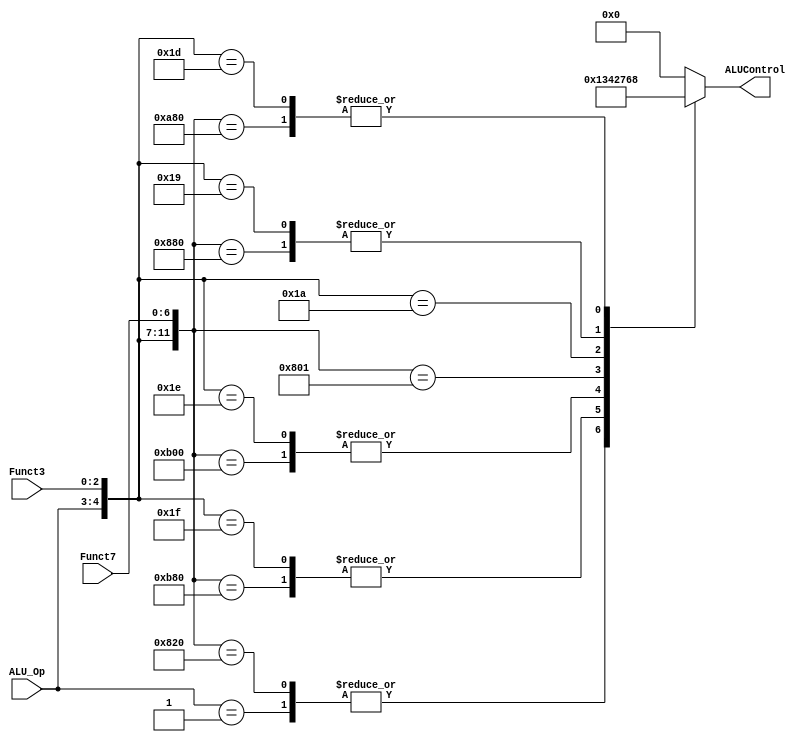
module ALU_Decoder
(
	input 		[1:0]	ALU_Op,
	input 		[2:0]	Funct3,
	input			[6:0]	Funct7,
	
	output reg	[3:0]	ALUControl
);

wire [11:0] Control;

assign Control = {ALU_Op,Funct3,Funct7};

	localparam	lwsw 		= 12'b00_xxx_xxxxxxx,
					beq		= 12'b01_xxx_xxxxxxx,
					add		= 12'b10_000_0000000,
					addi		= 12'b11_000_xxxxxxx,
					sub		= 12'b10_000_0100000,
					opor		= 12'b10_110_0000000,
					opori		= 12'b11_110_xxxxxxx,
					opand		= 12'b10_111_0000000,
					opandi	= 12'b11_111_xxxxxxx,
					mul		= 12'b10_000_0000001,
					slti		= 12'b11_010_xxxxxxx,
					sll		= 12'b10_001_0000000,
					slli		= 12'b11_001_xxxxxxx,
					slr		= 12'b10_101_0000000,
					slri		= 12'b11_101_xxxxxxx;
	
	
	always@(Control) begin
		casex(Control)
			lwsw  	:	ALUControl = 4'b0000;
			
			beq		:	ALUControl = 4'b0001;
			
			add		:	ALUControl = 4'b0000;
			
			addi		:	ALUControl = 4'b0000;
	
			sub		:	ALUControl = 4'b0001;
			
			opand		: 	ALUControl = 4'b0011;
			
			opandi	: 	ALUControl = 4'b0011;
			
			opor		:	ALUControl = 4'b0100;
			
			opori		:	ALUControl = 4'b0100;
			
			mul		: 	ALUControl = 4'b0010;
			
			slti		:	ALUControl = 4'b0111;
			
			sll		:	ALUControl = 4'b0110;
			
			slli		:	ALUControl = 4'b0110;
			
			slr		:	ALUControl = 4'b1000;
			
			slri		:	ALUControl = 4'b1000;
			
			default	:	ALUControl = 4'b0000;
		endcase
	end
endmodule